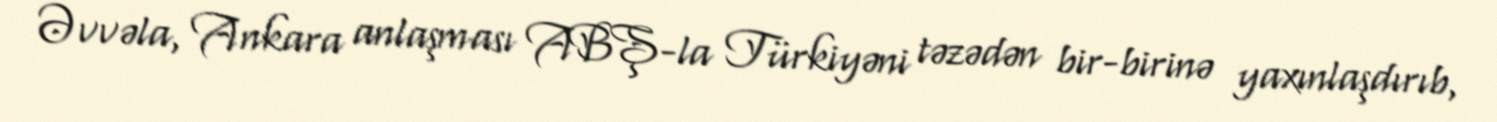
Əvvəla, Ankara anlaşması ABŞ-la Türkiyəni təzədən bir-birinə yaxınlaşdırıb,